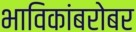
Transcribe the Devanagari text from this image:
भाविकांबरोबर